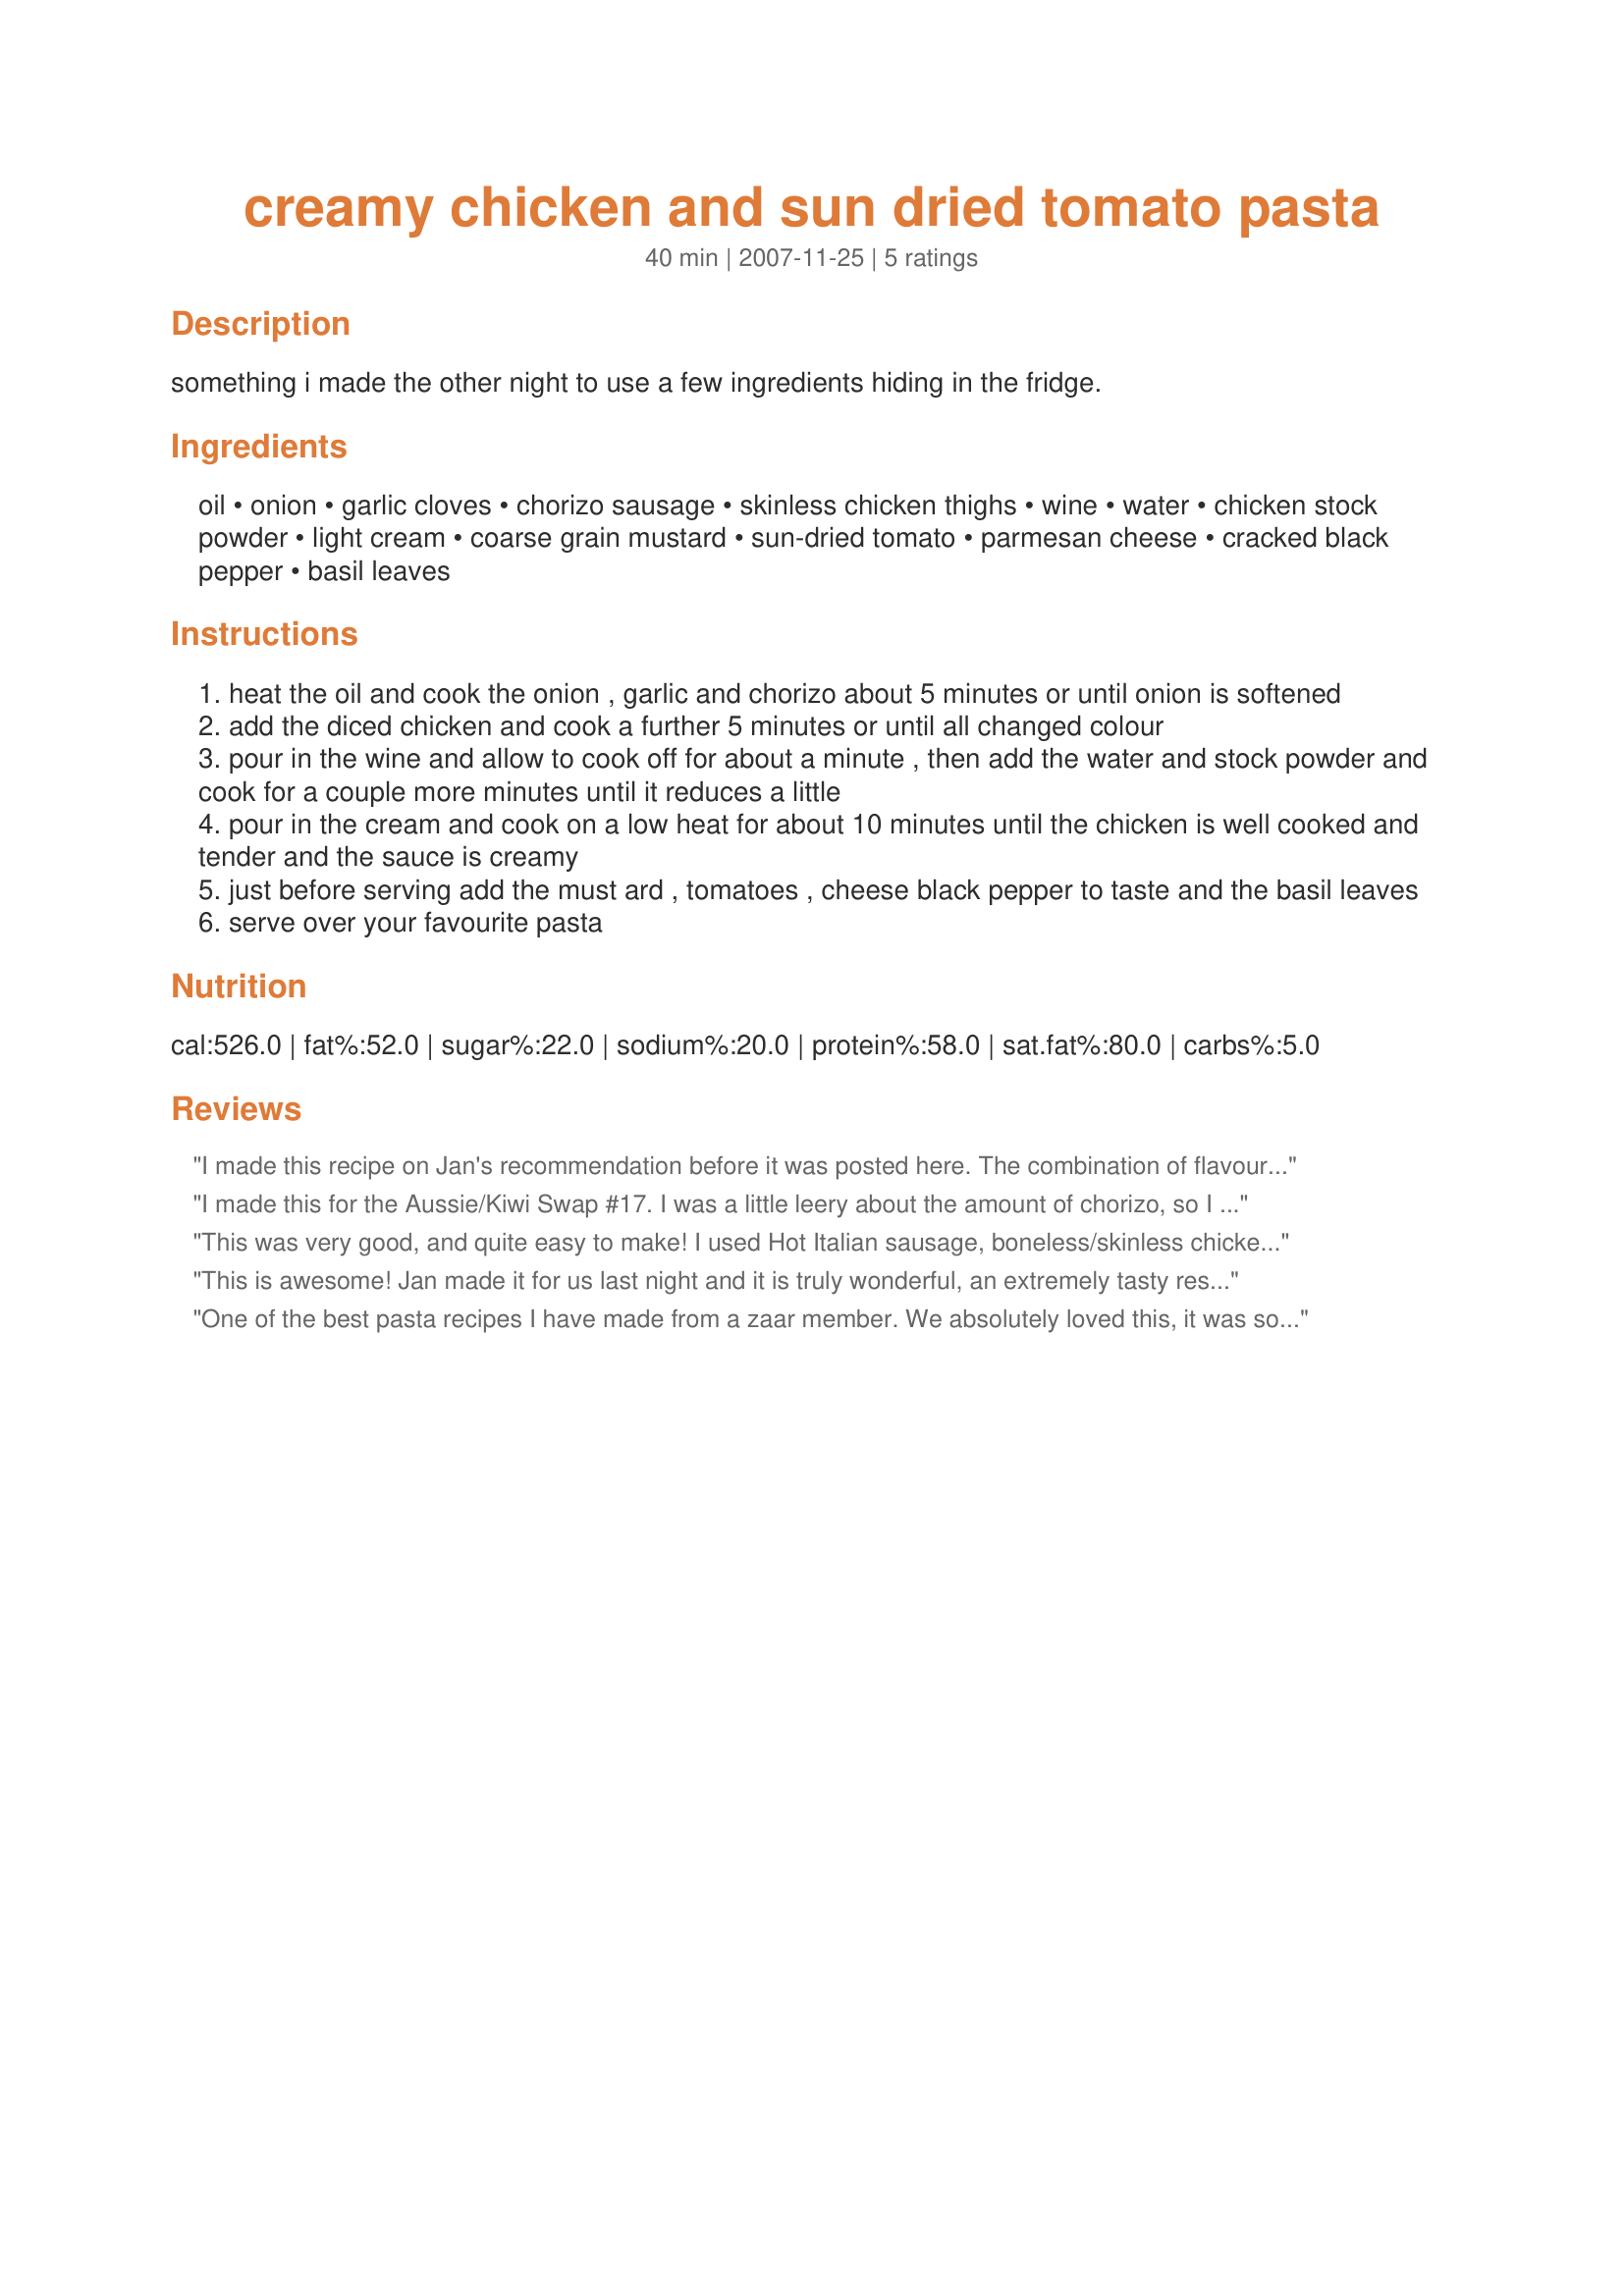
creamy chicken and sun dried tomato pasta
Preparation time: 40 minutes

something i made the other night to use a few ingredients hiding in the fridge.

Ingredients:
oil, onion, garlic cloves, chorizo sausage, skinless chicken thighs, wine, water, chicken stock powder, light cream, coarse grain mustard, sun-dried tomato, parmesan cheese, cracked black pepper, basil leaves

Steps:
heat the oil and cook the onion , garlic and chorizo about 5 minutes or until onion is softened
add the diced chicken and cook a further 5 minutes or until all changed colour
pour in the wine and allow to cook off for about a minute , then add the water and stock powder and cook for a couple more minutes until it reduces a little
pour in the cream and cook on a low heat for about 10 minutes until the chicken is well cooked and tender and the sauce is creamy
just before serving add the must ard , tomatoes , cheese black pepper to taste and the basil leaves
serve over your favourite pasta

Reviews:
I made this recipe on Jan's recommendation before it was posted here. The combination of flavours is inspired! This is one of the best recipes we've had from Zaar - it was THAT good! When I cooked it, Jan had only given me the 'bones' of the recipes, so I had no quantities - just the ingredients. I made enough for four serves using 3 green onions, 3 chorizo sausages (sliced), 2 chicken thighs, about a cup of cream and 1/2 cup wine, 1 teaspoon of french mustard, 1/4 cup smoked semi-sun dried tomatoes, 1/2 cup parmesan cheese and a really good handful of basil. This made four ample portions. I served it over buttered fresh egg fettucine noodles. The only thing I *might* be tempted to add next time is some black olives - but really, the recipe doesn't need any tinkering with. It's perfect! Thanks Jan!
I made this for the Aussie/Kiwi Swap #17. I was a little leery about the amount of chorizo, so I used less. Next time I will use more! This was yummy and easy to make. My DH said this was a keeper!
This was very good, and quite easy to make! I used Hot Italian sausage, boneless/skinless chicken breasts, and dijon mustard, as that was what I had available. I served it over egg noodles, with a salad on the side. DH loved it! Note: The fresh basil leaves are very important - don't substitute, as I don't think it would be the same!
This is awesome! Jan made it for us last night and it is truly wonderful, an extremely tasty restaurant quality meal. Perfect served with Jan's Garlic Bread which I'm sure she will post the recipe for soon ;)
One of the best pasta recipes I have made from a zaar member. We absolutely loved this, it was so easy to make and all the flavours come together so well. I made all the ingredients as is excpet I cooked whole breasts. I browned them on both sides, then added them to the sauce at the cream stage, to finish cooking through, sliced and served over the top. A real winner Jan and will definitely become a regular in our house.
